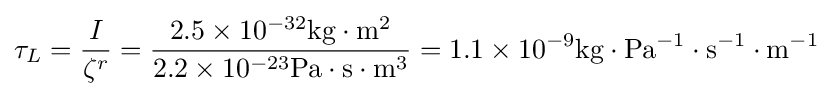
\tau _{L}={\frac {I}{\zeta ^{r}}}={\frac {2.5\times 10^{-32}\mathrm {kg} \cdot \mathrm {m} ^{2}}{2.2\times 10^{-23}\mathrm {Pa} \cdot \mathrm {s} \cdot \mathrm {m} ^{3}}}=1.1\times 10^{-9}\mathrm {kg} \cdot \mathrm {Pa} ^{-1}\cdot \mathrm {s} ^{-1}\cdot \mathrm {m} ^{-1}